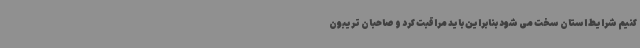
کنیم شرایط استان سخت می شود بنابراین باید مراقبت کرد و صاحبان تریبون